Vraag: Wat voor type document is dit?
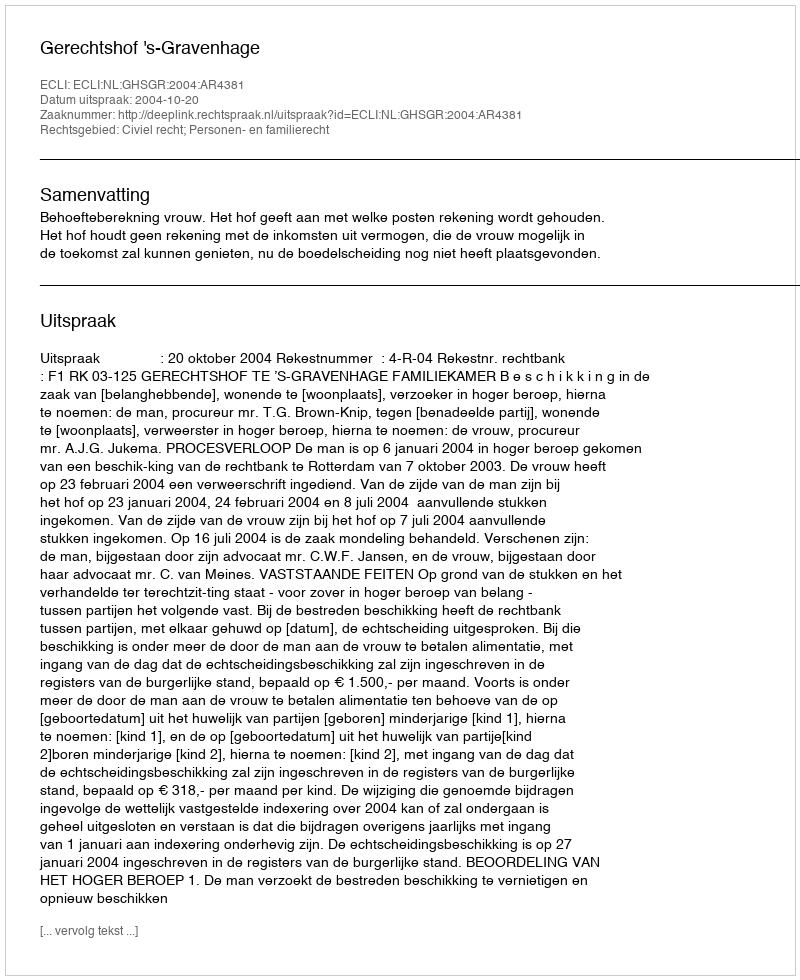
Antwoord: Uitspraak